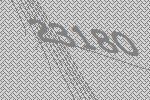
23180